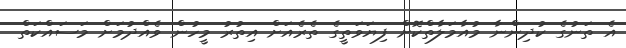
އެ ތަނުގެ ކުދިންނާ މުއާމަލާތްކޮށް ފިޔަވަތީގެ ތެރެއަށް އިތުރު މީހުން ވެއްދުމަށް މަސައްކަތް